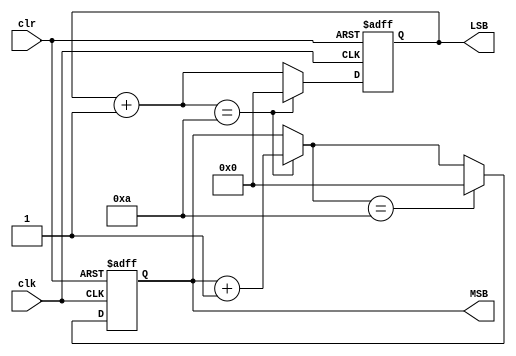
`timescale 1ns / 1ps
//////////////////////////////////////////////////////////////////////////////////
// Company: 
// Engineer: 
// 
// Design Name: 
// Module Name:    counter 
// Project Name: 
// Target Devices: 
// Tool versions: 
// Description: 
//
// Dependencies: 
//
// Revision: 
// Revision 0.01 - File Created
// Additional Comments: 
//
//////////////////////////////////////////////////////////////////////////////////
module counter(
    input clr,
    input clk,
    output [3:0] MSB,
    output [3:0] LSB
    );
	 
	 reg [3:0]msb_rnm0 =0;
	 reg [3:0]lsb_rnm0 =0;
	 
	 assign MSB = msb_rnm0;
	 assign LSB = lsb_rnm0;
	 
	 always @(posedge clk or posedge clr)
		begin
			if (clr) begin
				lsb_rnm0 = 4'b0000;
				msb_rnm0 = 4'b0000;
			end
			else begin
				lsb_rnm0 = lsb_rnm0+1;
				if (lsb_rnm0 == 4'b1010) begin
					lsb_rnm0 = 4'b0000;
					msb_rnm0 = msb_rnm0 + 1;
				end
				if (msb_rnm0 == 4'b1010) begin
					msb_rnm0 = 4'b0000;
				end
			end
		end

endmodule